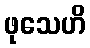
ဖုသေဟိ